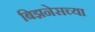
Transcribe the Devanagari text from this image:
बिझनेसच्या